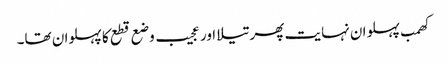
کھمب پہلوان نہایت پھرتیلا اور عجیب وضع قطع کا پہلوان تھا۔